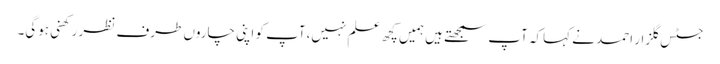
جسٹس گلزار احمد نے کہاکہ آپ سمجھتے ہیں ہمیں کچھ علم نہیں،آپ کو اپنی چاروں طرف نظر رکھنی ہوگی۔